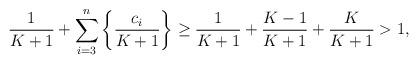
LaTeX: \begin{align*}\dfrac{1}{K+1}+\sum_{i=3}^{n}\left\{\dfrac{c_i}{K+1}\right\} \geq \dfrac{1}{K+1}+\dfrac{K-1}{K+1}+\dfrac{K}{K+1}>1,\end{align*}